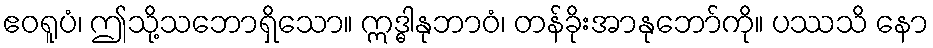
ဧဝရူပံ၊ ဤသို့သဘောရှိသော။ ဣဒ္ဓါနုဘာဝံ၊ တန်ခိုးအာနုဘော်ကို။ ပဿသိ နော